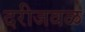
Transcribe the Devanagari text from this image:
दरीजवळ